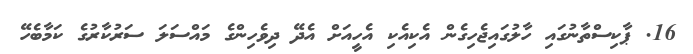
16. ޕާކިސްތާނުގައި ހާލުގައިޖެހިގެން އެކިއެކި އެހީއަށް އެދޭ ދިވެހިންގެ މައްސަލަ ސަރުކާރުގެ ކަމާބެހޭ